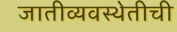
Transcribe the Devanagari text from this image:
जातीव्यवस्थेतीची